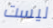
ليست